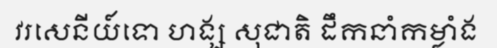
វរសេនីយ៍ទោ ហង្ស សុជាតិ ដឹកនាំកម្លាំង